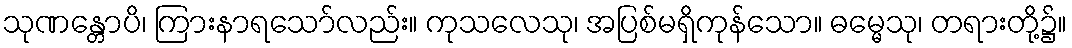
သုဏန္တောပိ၊ ကြားနာရသော်လည်း။ ကုသလေသု၊ အပြစ်မရှိကုန်သော။ ဓမ္မေသု၊ တရားတို့၌။